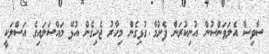
ސާވިސް އެލަވަންސުން އުނިކުރަން ފެށުމާ ގުޅިގެން މިހާރު ޖެހިގެން އުޅޭ މައްސަލައިގެ އަސްލަކީ